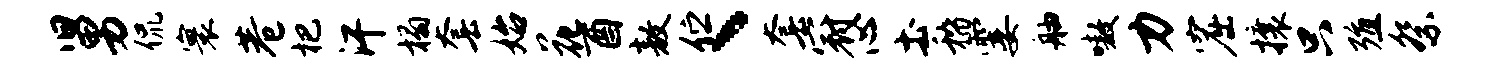
舅侃寰巷杷汗榻套始花酉敖伫丶套冠心土稽霎舳嗷力窟攘只殖祭